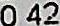
0.42